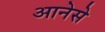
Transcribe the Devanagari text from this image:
आनेसे